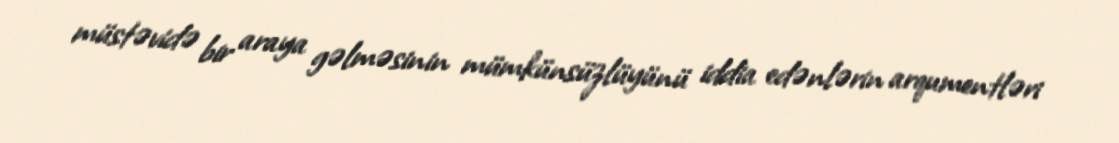
müstəvidə bir araya gəlməsinin mümkünsüzlüyünü iddia edənlərin arqumentləri